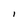
Character: l